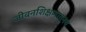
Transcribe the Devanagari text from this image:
जीवनशिक्षणातूनच